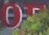
OF